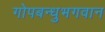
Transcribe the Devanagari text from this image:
गोपबन्धुभगवान